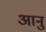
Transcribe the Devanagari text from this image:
आनु